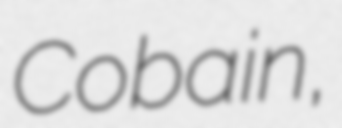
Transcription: Cobain,